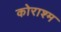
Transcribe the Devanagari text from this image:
कोराश्म